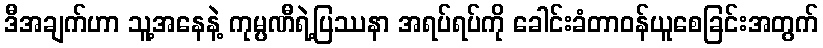
ဒီအချက်ဟာ သူ့အနေနဲ့ ကုမ္ပဏီရဲ့ပြဿနာ အရပ်ရပ်ကို ခေါင်းခံတာဝန်ယူစေခြင်းအတွက်